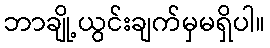
ဘာချို့ယွင်းချက်မှမရှိပါ။